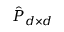
\hat { P } _ { d \times d }